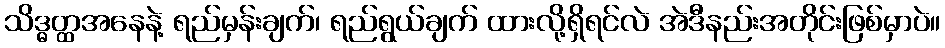
သိဒ္ဓတ္ထအနေနဲ့ ရည်မှန်းချက်၊ ရည်ရွယ်ချက် ထားလို့ရှိရင်လဲ အဲဒီနည်းအတိုင်းဖြစ်မှာပဲ။